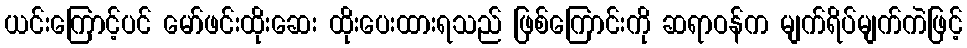
ယင်းကြောင့်ပင် မော်ဖင်းထိုးဆေး ထိုးပေးထားရသည် ဖြစ်ကြောင်းကို ဆရာဝန်က မျက်ရိပ်မျက်ကဲဖြင့်